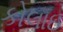
કોલાઇ